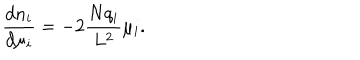
\frac { d n _ { i } } { d \mu _ { i } } = - 2 \frac { N q _ { i } } { L ^ { 2 } } \mu _ { i } .